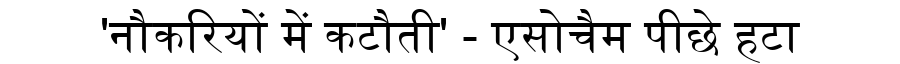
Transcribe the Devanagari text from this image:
'नौकरियों में कटौती' - एसोचैम पीछे हटा